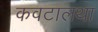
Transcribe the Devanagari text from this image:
कवटालथा